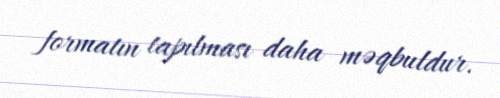
formatın tapılması daha məqbuldur.